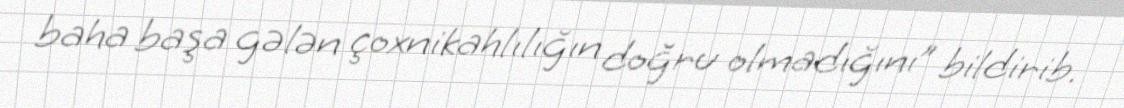
baha başa gələn çoxnikahlılığın doğru olmadığını” bildirib.